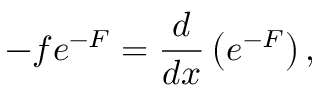
- f e ^ { - F } = { \frac { d } { d x } } \left( e ^ { - F } \right) ,